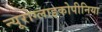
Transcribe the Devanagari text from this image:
न्यूरोग्लाइकोपीनिया